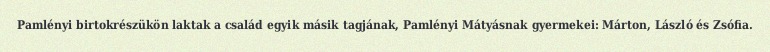
Pamlényi birtokrészükön laktak a család egyik másik tagjának, Pamlényi Mátyásnak gyermekei: Márton, László és Zsófia.